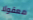
معقولا